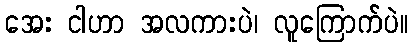
အေး ငါဟာ အလကားပဲ၊ လူကြောက်ပဲ။